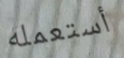
أستعمله